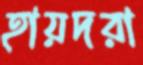
হায়দরা